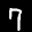
Label: 7